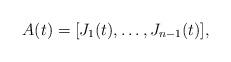
LaTeX: \begin{gather*}A(t)=[J_1(t),\dots,J_{n-1}(t)],\end{gather*}